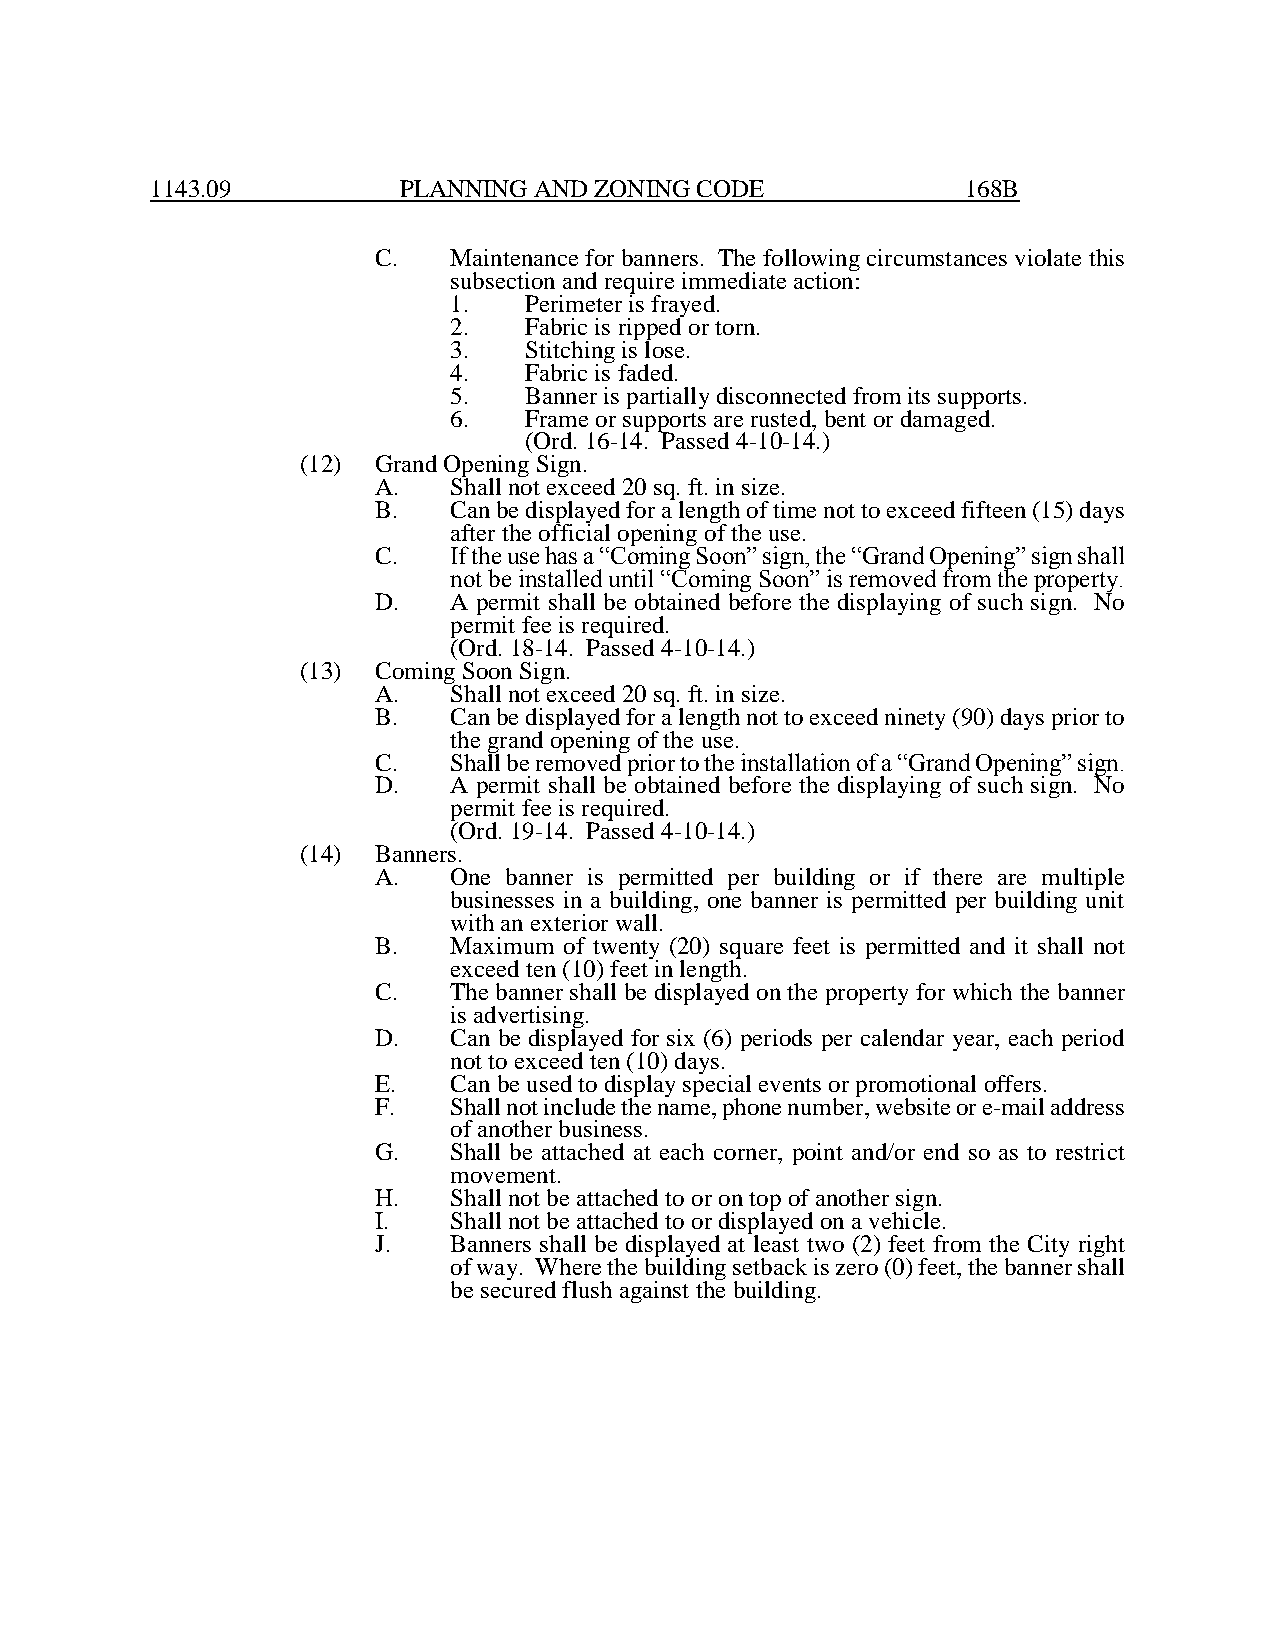
1143.09         PLANNING AND ZONING CODE              168B
 C.   Maintenance for banners. The following circumstances violate this
 subsection and require immediate action:
 1.   Perimeter is frayed.
 2.   Fabric is ripped or torn.
 3.   Stitching is lose.
 4.   Fabric is faded.
 5.   Banner is partially disconnected from its supports.
 6.   Frame or supports are rusted, bent or damaged.
 (Ord. 16-14. Passed 4-10-14.)
 (12) Grand Opening Sign.
 A.   Shall not exceed 20 sq. ft. in size.
 B.   Can be displayed for a length of time not to exceed fifteen (15) days
 after the official opening of the use.
 C.   If the use has a “Coming Soon” sign, the “Grand Opening” sign shall
 not be installed until “Coming Soon” is removed from the property.
 D.   A permit shall be obtained before the displaying of such sign. No
 permit fee is required.
 (Ord. 18-14. Passed 4-10-14.)
 (13) Coming Soon Sign.
 A.   Shall not exceed 20 sq. ft. in size.
 B.   Can be displayed for a length not to exceed ninety (90) days prior to
 the grand opening of the use.
 C.   Shall be removed prior to the installation of a “Grand Opening” sign.
 D.   A permit shall be obtained before the displaying of such sign. No
 permit fee is required.
 (Ord. 19-14. Passed 4-10-14.)
 (14) Banners.
 A.   One banner is permitted per building or if there are multiple
 businesses in a building, one banner is permitted per building unit
 with an exterior wall.
 B.   Maximum of twenty (20) square feet is permitted and it shall not
 exceed ten (10) feet in length.
 C.   The banner shall be displayed on the property for which the banner
 is advertising.
 D.   Can be displayed for six (6) periods per calendar year, each period
 not to exceed ten (10) days.
 E.   Can be used to display special events or promotional offers.
 F.   Shall not include the name, phone number, website or e-mail address
 of another business.
 G.   Shall be attached at each corner, point and/or end so as to restrict
 movement.
 H.   Shall not be attached to or on top of another sign.
 I.   Shall not be attached to or displayed on a vehicle.
 J.   Banners shall be displayed at least two (2) feet from the City right
 of way. Where the building setback is zero (0) feet, the banner shall
 be secured flush against the building.